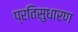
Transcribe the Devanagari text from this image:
प्रतिसुधारण